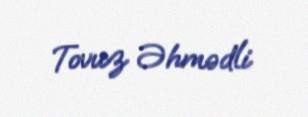
Tovuz Əhmədli